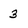
Character: 3